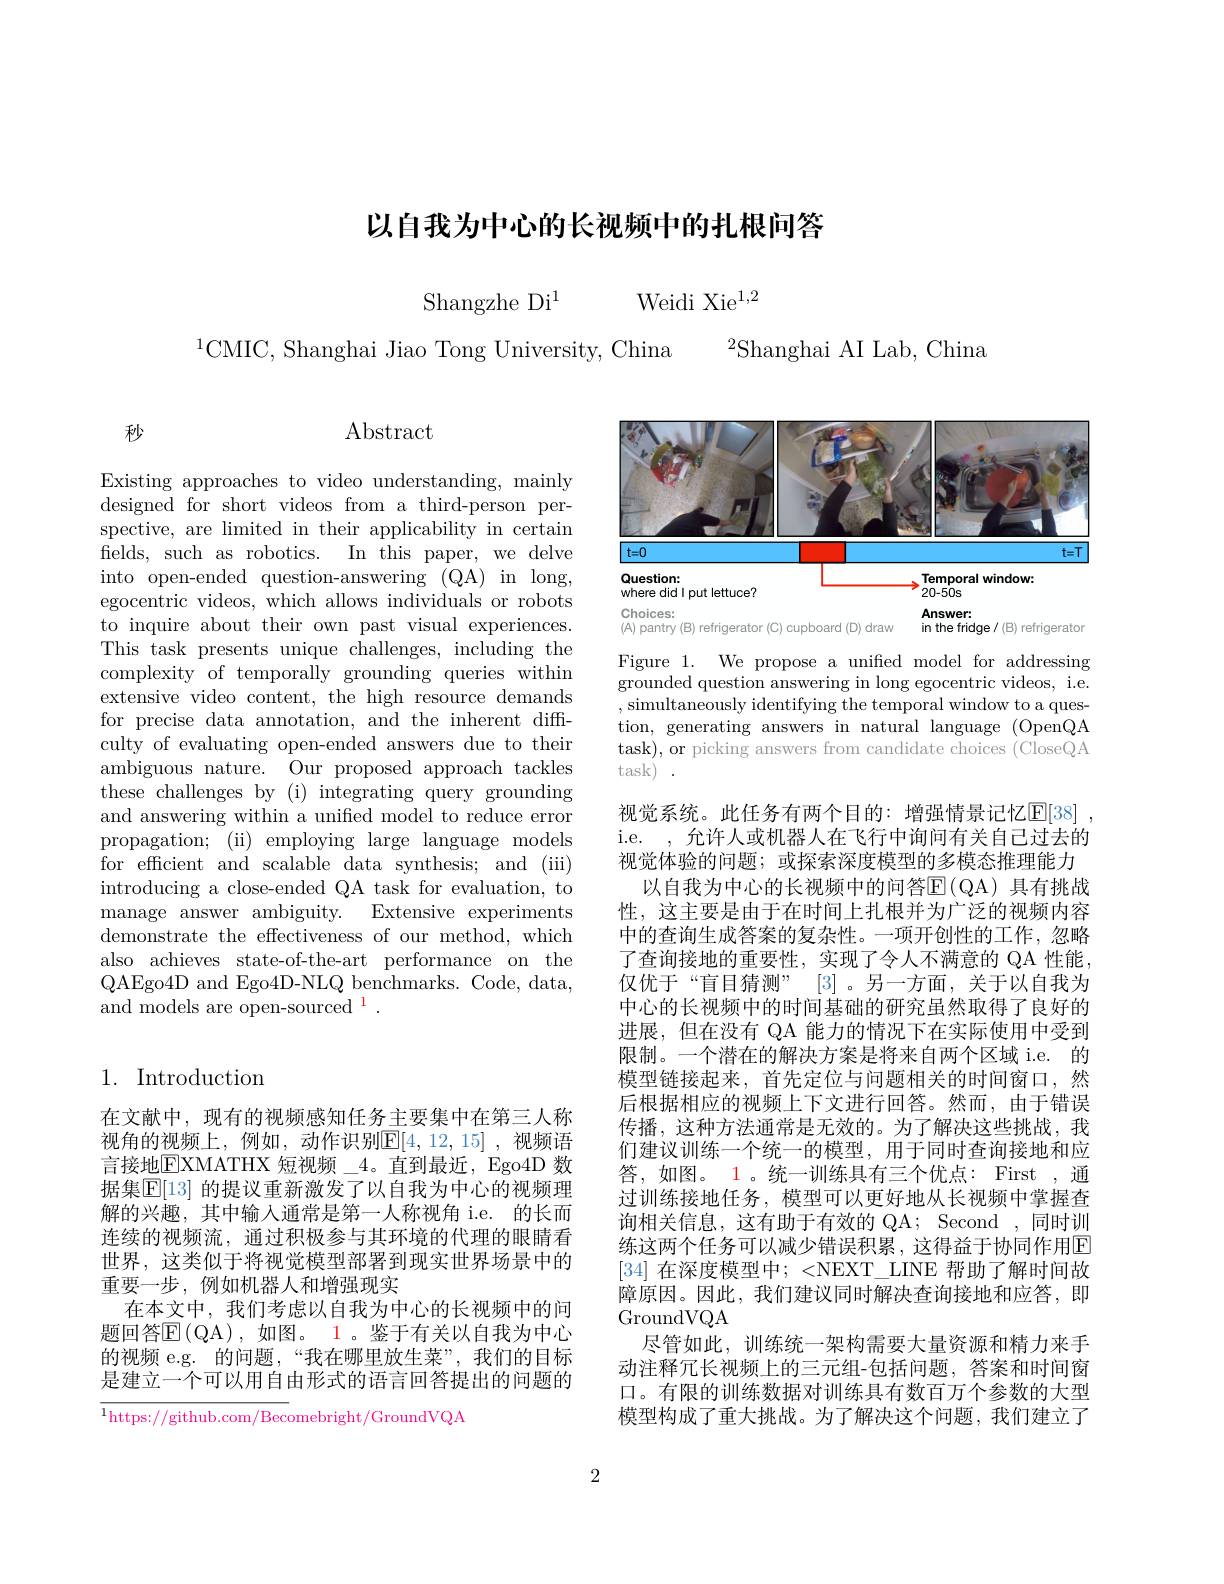
## 以自我为中心的长视频中的扎根问答
$$\text{Shangzhe Di}^1\quad\text{Weidi Xie}^{1,2}$$
$^{2}$Shanghai AI Lab, China

$^{1}$CMIC, Shanghai Jiao Tong University, China

Abstract

秒

Existing approaches to video understanding, mainly designed for short videos from a third-person perspective, are limited in their applicability in certain fields, such as robotics. In this paper, we delve into open-ended question-answering (QA) in long, egocentric videos, which allows individuals or robots to inquire about their own past visual experiences. This task presents unique challenges, including the complexity of temporally grounding queries within extensive video content, the high resource demands for precise data annotation, and the inherent diffculty of evaluating open-ended answers due to their ambiguous nature. Our proposed approach tackles these challenges by (i) integrating query grounding and answering within a unified model to reduce error propagation; (ii) employing large language models for efficient and scalable data synthesis; and (iii) introducing a close-ended QA task for evaluation, to manage answer ambiguity. Extensive experiments demonstrate the effectiveness of our method, which also achieves state-of-the-art performance on the QAEgo4D and Ego4D-NLQ benchmarks. Code, data, and models are open-sourced $^{1}.$

## 1. Introduction

在文献中，现有的视频感知任务主要集中在第三人称视角的视频上，例如，动作识别$\mathbb{E}[4,12,15]$,视频语言接地$\boxed{\mathrm{F}}$XMATHX 短视频\_4。直到最近，Ego4D 数据集$\overline{\mathbb{E}}[13]$ 的提议重新激发了以自我为中心的视频理解的兴趣，其中输入通常是第一人称视角 i.e. 的长而连续的视频流，通过积极参与其环境的代理的眼睛看世界，这类似于将视觉模型部署到现实世界场景中的重要一步，例如机器人和增强现实
在本文中，我们考虑以自我为中心的长视频中的问题回答$\operatorname{E}\left(\mathrm{QA}\right)$,如图。1。鉴于有关以自我为中心的视频 e.g. 的问题，“我在哪里放生菜”,我们的目标是建立一个可以用自由形式的语言回答提出的问题的

$^{1}$https://github.com/Becomebright/GroundVQA

<FigureHere>

Figure 1. We propose a unified model for addressing grounded question answering in long egocentric videos, i.e. ,simultaneously identifying the temporal window to a question, generating answers in natural language (OpenQA task), or picking answers from candidate choices (CloseQA task)

视觉系统。此任务有两个目的：增强情景记忆$\mathbb{E}[38]$ i.e. ,允许人或机器人在飞行中询问有关自己过去的视觉体验的问题；或探索深度模型的多模态推理能力
以自我为中心的长视频中的问答$\operatorname{E}(\operatorname{QA})$ 具有挑战性，这主要是由于在时间上扎根并为广泛的视频内容中的查询生成答案的复杂性。一项开创性的工作，忽略了查询接地的重要性，实现了令人不满意的 QA 性能仅优于“盲目猜测”[3]。另一方面，关于以自我为中心的长视频中的时间基础的研究虽然取得了良好的进展，但在没有 QA 能力的情况下在实际使用中受到限制。一个潜在的解决方案是将来自两个区域 i.e. 的模型链接起来，首先定位与问题相关的时间窗口，然后根据相应的视频上下文进行回答。然而，由于错误传播，这种方法通常是无效的。为了解决这些挑战，我们建议训练一个统一的模型，用于同时查询接地和应答，如图。1。统一训练具有三个优点：First ,通过训练接地任务，模型可以更好地从长视频中掌握查询相关信息，这有助于有效的 QA; Second ,同时训练这两个任务可以减少错误积累，这得益于协同作用E [34] 在深度模型中；<NEXT\_LINE 帮助了解时间故障原因。因此，我们建议同时解决查询接地和应答，即GroundVQA
尽管如此，训练统一架构需要大量资源和精力来手动注释冗长视频上的三元组-包括问题，答案和时间窗口。有限的训练数据对训练具有数百万个参数的大型模型构成了重大挑战。为了解决这个问题，我们建立了

2